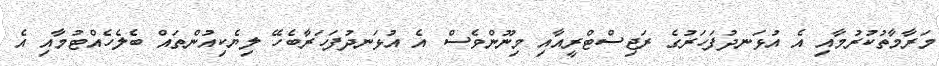
މަރާމާތުކުރުމާއި އެ އުޅަނދުފަހަރުގެ ރަޖިސްޓްރީއާއި މިނޫންވެސް އެ އުޅަނދުފަހަރާބެހޭ ލިޔެކިއުންތައް ބެލެހެއްޓުމާއި އެ